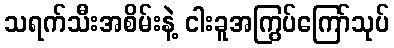
သရက်သီးအစိမ်းနဲ့ ငါးခူအကြွပ်ကြော်သုပ်